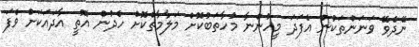
ނޭދެވޭ ވަނަންތަކުން އެފަދަ މީހުންނާ މުހާތަބުކޮށް މަލާމާތްކޮށް ހެދުން އޮތީ އާދައަކަށް ވެފަ